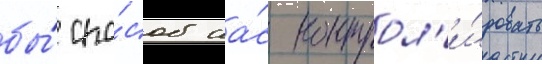
бы́ спо́соб на́с контрол'и́ровать